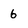
Character: 6